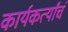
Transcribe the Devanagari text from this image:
कार्यकर्त्यांचं